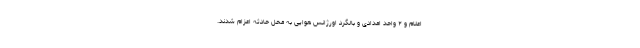
اعلام و ۲ واحد امدادی و بالگرد اورژانس هوایی به محل حادثه اعزام شدند.